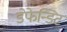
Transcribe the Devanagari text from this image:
डेफेन्डिट